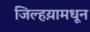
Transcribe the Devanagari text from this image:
जिल्हय़ामधून